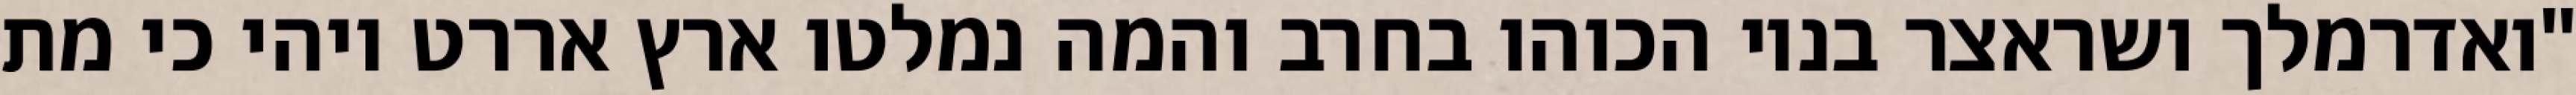
"ואדרמלך ושראצר בניו הכוהו בחרב והמה נמלטו ארץ אררט ויהי כי מת